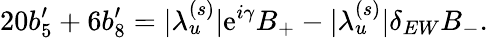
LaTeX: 20b_{5}^{\prime}+6b_{8}^{\prime}=|\lambda_{u}^{(s)}|\mathrm{e}^{i\gamma}B_{+}-|\lambda_{u}^{(s)}|\delta_{EW}B_{-}.